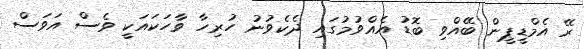
ރޭ އެމްޑީޕީން ބޭއްވި ބޮޑު އެއްވުމުގައި ދެކެވުނު ހުރިހާ ވާހަކައަކީ ވެސް އަވަސް